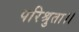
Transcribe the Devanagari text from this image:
परिश्रुता।।